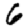
Digit: 6